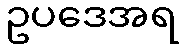
ဥပဒေအရ